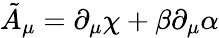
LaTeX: \tilde{A}_{\mu}=\partial_{\mu}\chi+\beta\partial_{\mu}\alpha